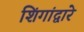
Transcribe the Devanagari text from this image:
शिंगांद्वारे